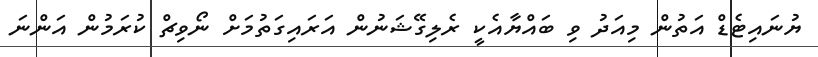
ޔުނައިޓެޑް އަތުން މިއަދު ވި ބައްޔާއެކީ ރެލިގޭޝަނުން އަރައިގަތުމަށް ނޯވިޗް ކުރަމުން އަންނަ